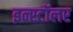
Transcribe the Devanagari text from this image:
इन्स्टॉलर